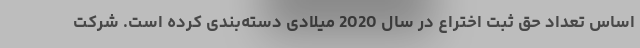
اساس تعداد حق ثبت اختراع در سال 2020 میلادی دسته‌بندی کرده است. شرکت